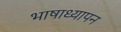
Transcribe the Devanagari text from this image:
भाषाध्यापन